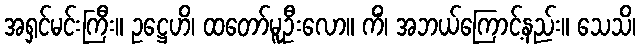
အရှင်မင်းကြီး။ ဥဋ္ဌေဟိ၊ ထတော်မူဦးလော။ ကိံ၊ အဘယ်ကြောင့်နည်း။ သေသိ၊